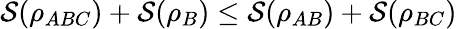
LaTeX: \mathcal{S}(\rho_{ABC})+\mathcal{S}(\rho_{B})\leq\mathcal{S}(\rho_{AB})+\mathcal{S}(\rho_{BC})